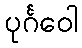
ပုင်္ဂဝေါ